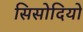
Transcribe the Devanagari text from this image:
सिसोदियो